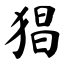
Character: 猖